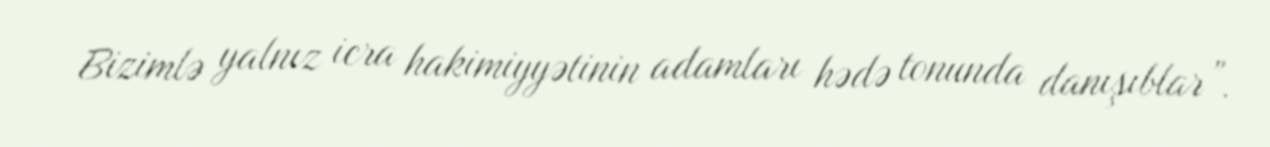
Bizimlə yalnız icra hakimiyyətinin adamları hədə tonunda danışıblar”.